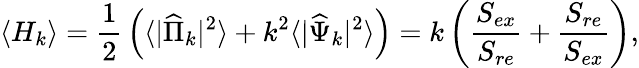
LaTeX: \langle H_{k}\rangle={\frac{1}{2}}\left(\langle|{\widehat\Pi}_{k}|^{2}\rangle+k^{2}\langle|{\widehat\Psi}_{k}|^{2}\rangle\right)=k\left({\frac{S_{ex}}{S_{re}}}+{\frac{S_{re}}{S_{ex}}}\right),